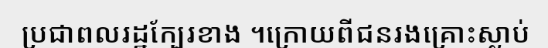
ប្រជាពលរដ្ឋក្បែរខាង ។ក្រោយពីជនរងគ្រោះស្លាប់